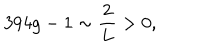
3 9 4 g - 1 \sim \frac { 2 } { L } > 0 ,